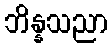
ဘိန္နသညာ